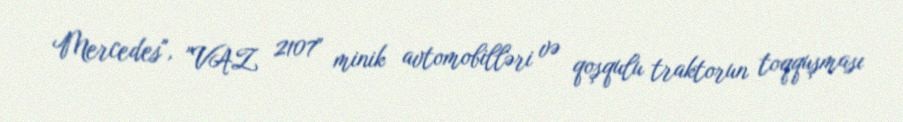
Mercedes", "VAZ 2107" minik avtomobilləri və qoşqulu traktorun toqquşması